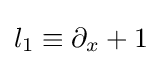
l_{1}\equiv \partial _{x}+1